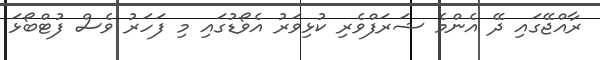
ރާއްޖޭގައި ދޭ އެންމެ ޝަރަފްވެރި ކުޅިވަރު އެވޯޑުގައި މި ފަހަރު ވެސް ފުޓްބޯޅަ